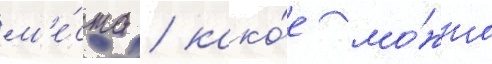
м'е́ста / како́е мо́жно